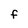
Character: F